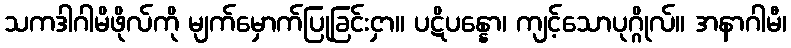
သကဒါဂါမိဖိုလ်ကို မျက်မှောက်ပြုခြင်းငှာ။ ပဋိပန္နော၊ ကျင့်သောပုဂ္ဂိုလ်။ အနာဂါမီ၊